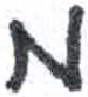
אות: מ